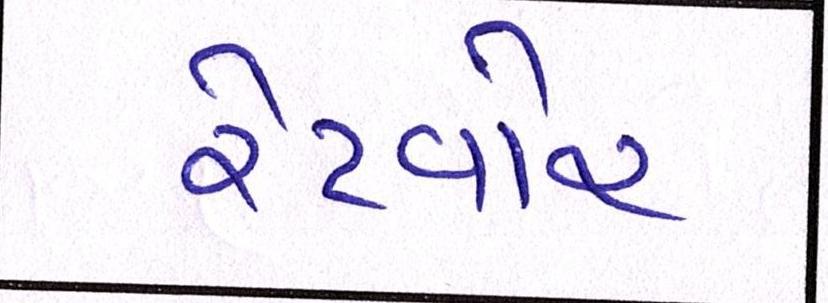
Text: રેટવોર